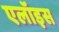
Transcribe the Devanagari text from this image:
एलॉइस